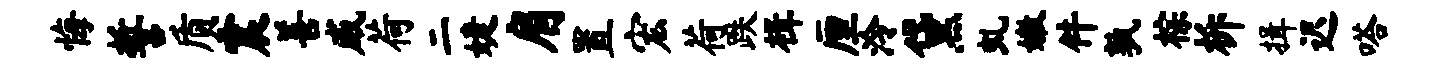
悔誓质震善威荷二婕肩置宏荷跌楫厘泠黛虬嫩件孰棕柝揖迟嗒